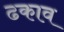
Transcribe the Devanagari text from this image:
ढकाव